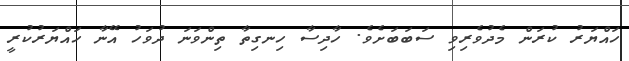
ހައްޔަރު ކުރަން މެދުވެރިވި ސަބަބަށެވެ. ހާދިސާ ހިނގިތާ ތިންވަނަ ދުވަހު އޭނާ ހައްޔަރުކުރީ